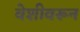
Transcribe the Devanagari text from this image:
वेशीवरून